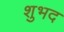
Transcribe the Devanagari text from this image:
शुभद